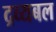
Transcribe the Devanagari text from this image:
द्रव्यबल